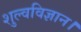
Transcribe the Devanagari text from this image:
शुल्वविज्ञान।